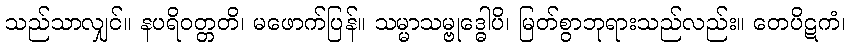
သည်သာလျှင်။ နပရိဝတ္တတိ၊ မဖောက်ပြန်။ သမ္မာသမ္ဗုဒ္ဓေါပိ၊ မြတ်စွာဘုရားသည်လည်း။ တေပိဋကံ၊